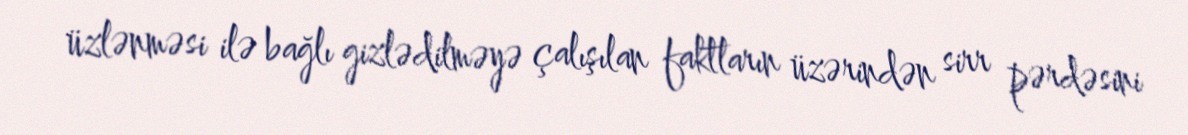
üzlənməsi ilə bağlı gizlədilməyə çalışılan faktların üzərindən sirr pərdəsini